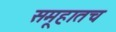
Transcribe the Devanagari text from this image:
समूहातच